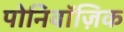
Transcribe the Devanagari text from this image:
पोनिवॉज़िक